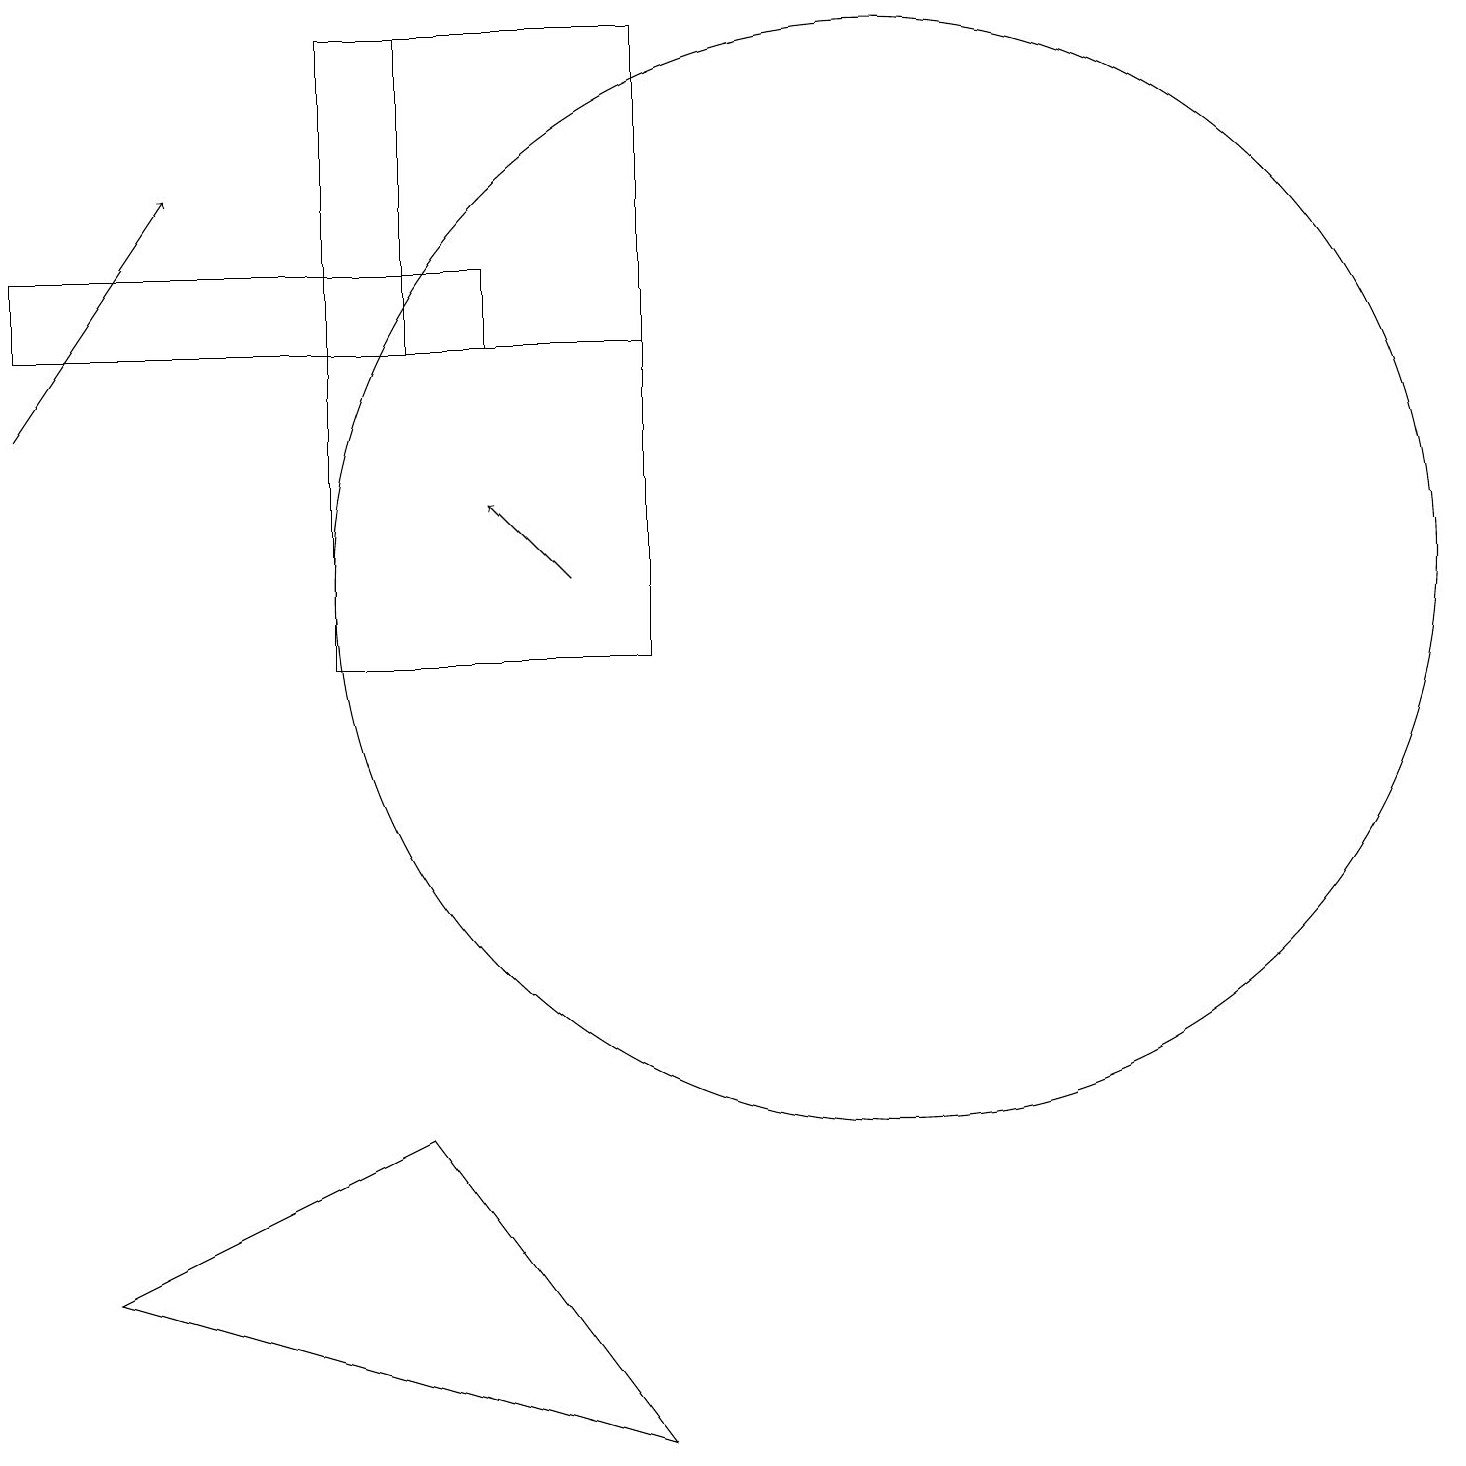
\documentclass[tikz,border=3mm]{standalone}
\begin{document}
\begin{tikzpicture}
\draw (11,12) circle (7);
\draw (8,15) rectangle (5,19);
\draw (6,16) rectangle (0,15);
\draw[->] (7,12) -- (6,13);
\draw (4,11) rectangle (8,19);
\draw[->] (0,14) -- (2,17);
\draw (8,1) -- (5,5) -- (1,3) -- cycle;
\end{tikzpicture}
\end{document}